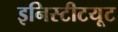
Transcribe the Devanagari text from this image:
इनिस्टीटयूट